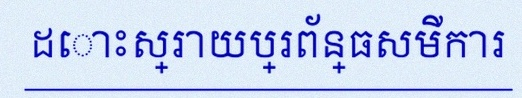
ដោះស្រាយប្រព័ន្ធសមីការ